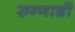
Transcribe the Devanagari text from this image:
रुग्णाशी